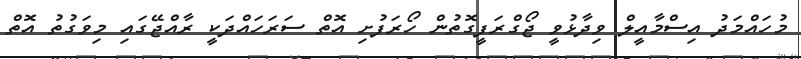
މުހައްމަދު އިސްމާއީލް ވިދާޅުވީ ޖޯގްރަފީގޮތުން ހޯރަފުށި އޮތް ސަރަހައްދަކީ ރާއްޖޭގައި މިވަގުތު އޮތް